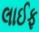
લાઈફ